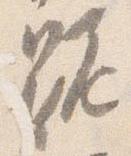
跪